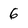
Character: 6